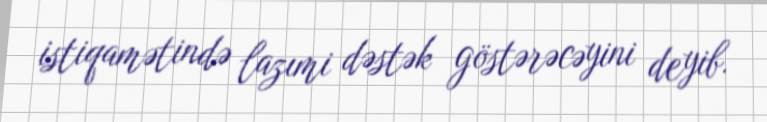
istiqamətində lazımi dəstək göstərəcəyini deyib.